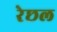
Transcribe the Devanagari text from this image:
रेछल